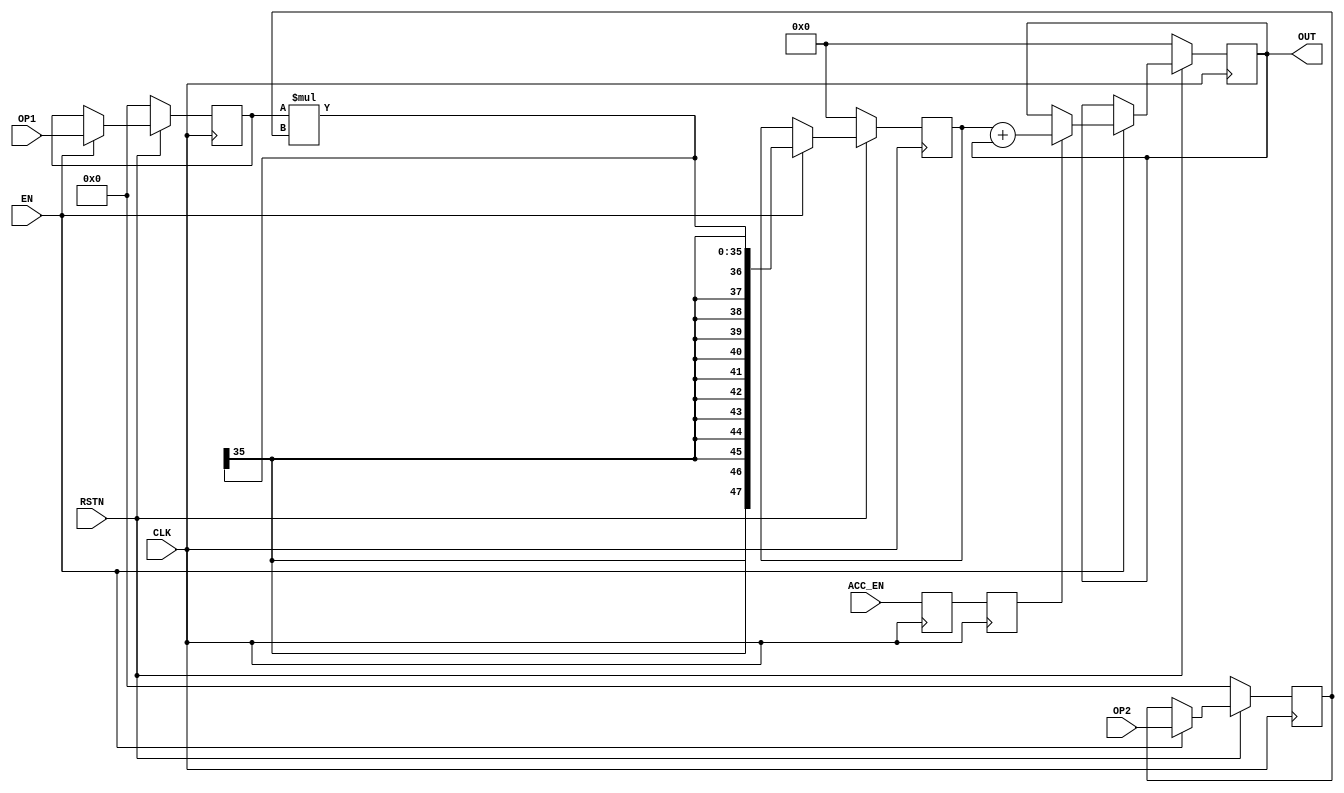
/*

DSP #(
    .WIDTH_OP1(),
    .WIDTH_OP2(),
    .WIDTH_OUT()
) dsp_instance (
    .CLK(),
    .RSTN(),
    .EN(),
    .ACC_EN(),
    .ACC_IN_EN(),
    .OP1(),
    .OP2(),
    .ACC(),
    .OUT()
);

*/

module DSP#(
    parameter WIDTH_OP1 = 18,
    parameter WIDTH_OP2 = 18,
    parameter WIDTH_OUT = 48
)
(
    input   wire                         CLK,
    input   wire                         RSTN,
    input   wire                         EN,
    input   wire                         ACC_EN, // 2 cycle delayed

    input   wire  signed [WIDTH_OP1-1:0] OP1,
    input   wire  signed [WIDTH_OP2-1:0] OP2,

    output  wire  signed [WIDTH_OUT-1:0] OUT
);
reg acc_delay1,acc_delay2;

reg signed [WIDTH_OP1-1:0] reg_op1;
reg signed [WIDTH_OP2-1:0] reg_op2;

(* use_dsp = "yes" *) reg signed [WIDTH_OUT-1:0] reg_mul;
(* use_dsp = "yes" *) reg signed [WIDTH_OUT-1:0] reg_acc;


always @(posedge CLK) begin
    acc_delay1 <= ACC_EN;
    acc_delay2 <= acc_delay1;
end

always @(posedge CLK) begin
    if(!RSTN) begin
        reg_op1 <= {WIDTH_OP1{1'sd0}};
        reg_op2 <= {WIDTH_OP2{1'sd0}};
        reg_acc <= {WIDTH_OUT{1'sd0}}; 
        reg_mul <= {WIDTH_OUT{1'sd0}};
    end
    else begin
        if(EN)begin
            reg_op1 <= OP1;
            reg_op2 <= OP2;
            reg_mul <= reg_op1 * reg_op2;
            if(acc_delay2) reg_acc <= reg_mul + reg_acc;   
        end
    end
end
assign OUT = reg_acc;

endmodule